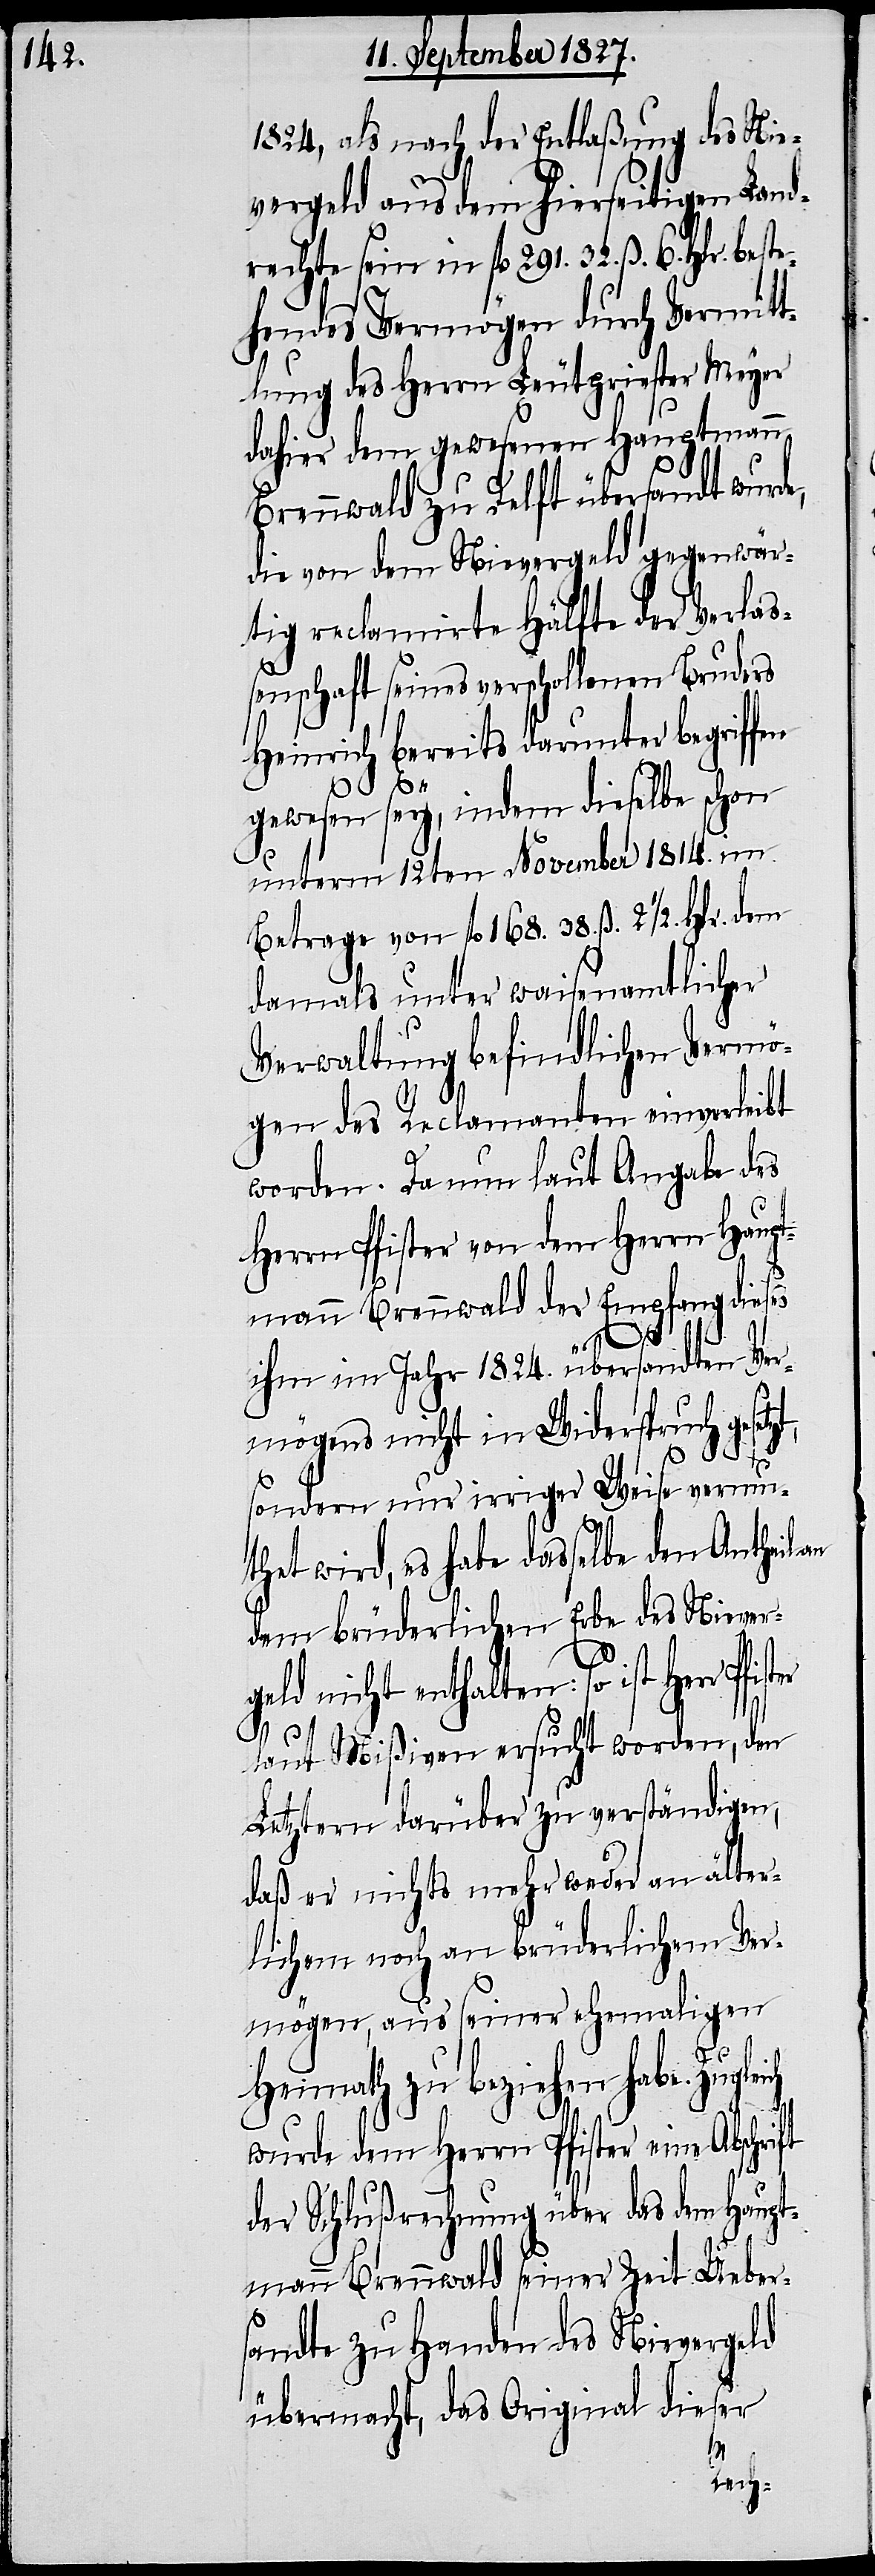
12ten November 1814.
1824, als nach der Entlaßung des Nie¬
vergeld aus dem hierseitigen Land¬
rechte sein in fl. 291. 32. ß. 6. Hlr. be¬
hendes Vermögen durch Vermit¬
tlung des Herrn Leutpriester Meyer
dahier dem gewesenen Hauptmann
Brennwald zu Delft übersandt wurde,
die von dem Nievergeld gegenwär¬
tig reclamirte Hälfte der Verlaß¬
enschaft seines verschollenen Bruders
Heinrich bereits darunter begriffen
gewesen sey, indem dieselbe schon
Betrage von fl. 168. 38. ß. 2 ½. Hlr. dem
damals unter waisenamtlicher
Verwaltung befindlichen Vermö¬
gen des Reclamanten einverleibt
worden. Da nun laut Angabe des
Herrn Pfister von dem Herrn Haupt¬
mann Brennwald der Empfang dieses
ihm im Jahr 1824. übersandten Ver¬
mögens nicht in Widerspruch gesetz¬
t,
sondern nur irriger Weise vermu¬
thet wird, es habe dasselbe den Antheil an
dem brüderlichen Erbe des Nieverg¬
eld nicht enthalten: so ist Herr
laut Mißiven ersucht worden, den
Letztern darüber zu verständigen,
daß er nichts mehr weder an älter¬
lichem noch an brüderlichem Ver¬
mögen, aus seiner ehemaligen
ste¬
Heimath zu beziehen habe. Zugleich
wurde dem Herrn Pfister eine Abschri¬
der Schlußrechnung über das dem Haupt¬
mann Brennwald seiner Zeit Uebers¬
andte zu Handen des Nievergeld
übermacht, das Original dieser
ft